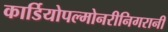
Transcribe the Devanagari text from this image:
कार्डियोपल्मोनरीनिगरानी